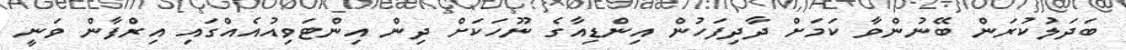
ބަދަލުކުރަން ބޭނުންވާ ކަމަށް ދާދިފަހުން އިންޑިއާގެ ނޫހަކަށް ދިން އިންޓަވިއުއެއްގައި އިރްފާން ވަނީ